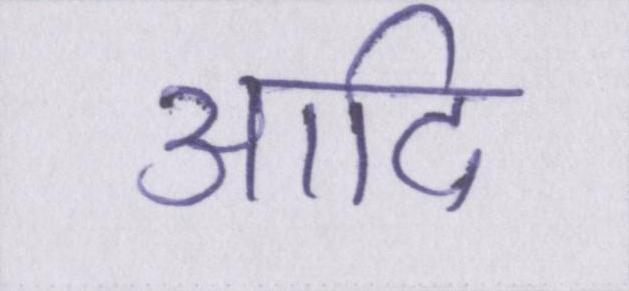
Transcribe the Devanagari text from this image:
आदि